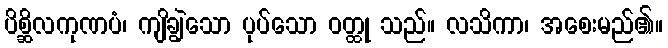
ပိစ္ဆိလကုဏပံ၊ ကျိချွဲသော ပုပ်သော ဝတ္ထု သည်။ လသိကာ၊ အစေးမည်၏။